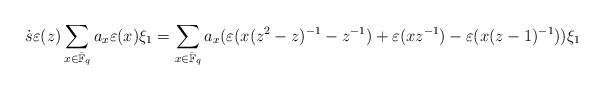
LaTeX: \begin{align*} \dot{s}\varepsilon(z) \sum_{x\in \bar{\mathbb{F}}_q}a_x \varepsilon(x) \xi_1 = \sum_{x\in \bar{\mathbb{F}}_q}a_x( \varepsilon(x(z^2-z)^{-1}-z^{-1})+\varepsilon(xz^{-1})-\varepsilon(x(z-1)^{-1}) )\xi_1\end{align*}